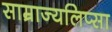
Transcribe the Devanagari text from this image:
साम्राज्यलिप्सा